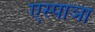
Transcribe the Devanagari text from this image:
एस्पाञा